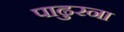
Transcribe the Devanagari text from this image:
पाढुरना